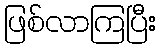
ဖြစ်လာကြပြီး